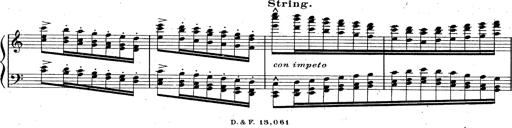
Title: God Save the Queen
Composer: Charles LÃ©on Hess
Key: A major